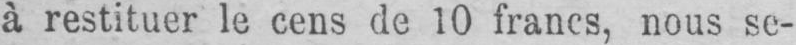
à restituer le cens de 10 francs, nous se-